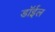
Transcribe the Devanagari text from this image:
डॉईल